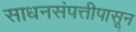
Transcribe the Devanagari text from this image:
साधनसंपत्तीपासून